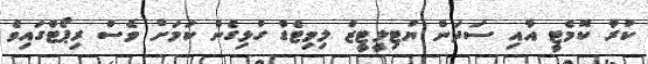
ކުރާ ކޮމެޓީ އާއި ސަދަން ޔުޓިލީޓީޒް ލިމިޓެޑް ގުޅިގެން ކަމަށް ވެސް ރިޕޯޓްގައިވެ